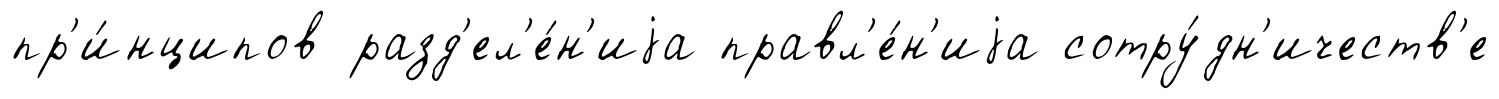
пр'и́нципов разд'ел'е́н'иjа правл'е́н'иjа сотру́дн'ичеств'е